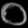
Digit: ၀